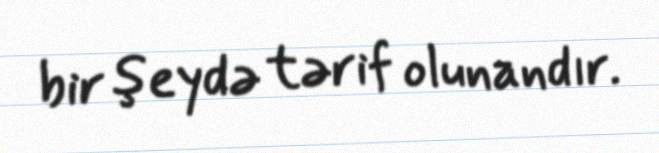
bir şeydə tərif olunandır.